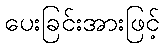
ပေးခြင်းအားဖြင့်